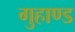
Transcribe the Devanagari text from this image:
गुहाण्ड